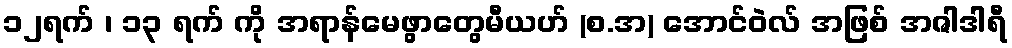
၁၂ရက် ၊ ၁၃ ရက် ကို အရာန်မေဖွာတွေမီယဟ် (စ.အ) အောင်ဝဲလ် အဖြစ် အဇါဒါရီ